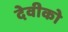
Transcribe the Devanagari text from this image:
देवीको